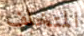
المتخلف